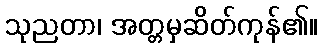
သုညတာ၊ အတ္တမှဆိတ်ကုန်၏။